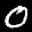
Label: 0